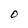
Character: O